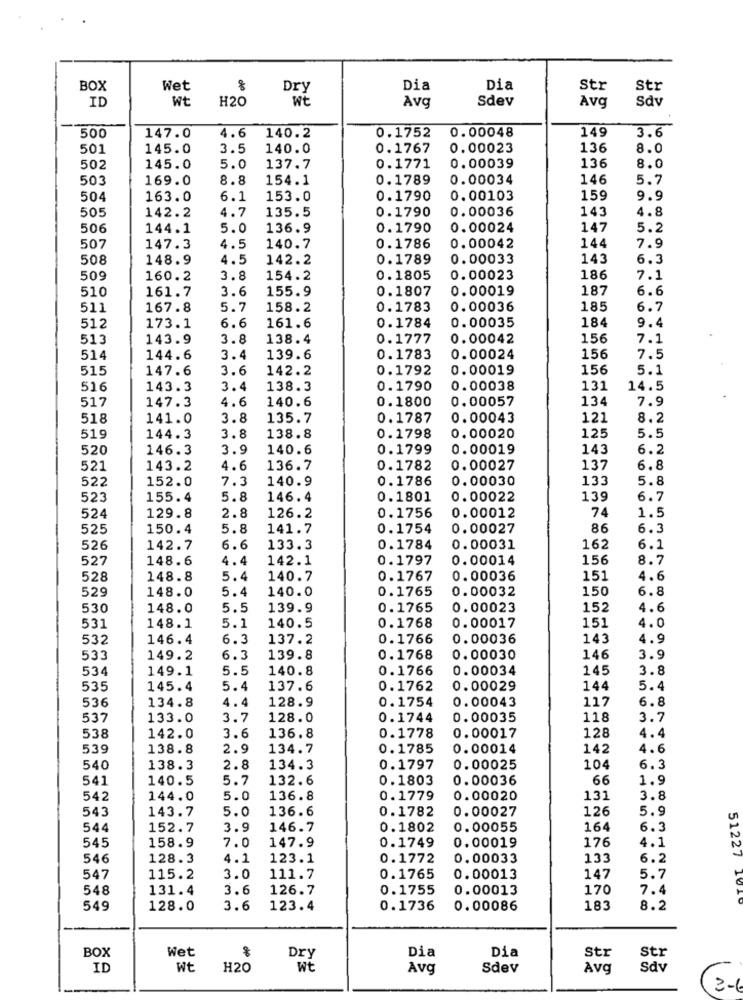
BOX
Wet
Dry
Dia
Dia
Str
Str
ID
Wt
H20
Wt
Avg
Sdev
Sdv
Avg
4.6
0.00048
149
500
147.0
140.2
0.1752
3.6
501
145.0
3.5
140.0
0.1767
0.00023
136
8.0
502
145.0
5.0
137.7
0.1771
0.00039
136
8.0
503
169.0
8.8
154.1
0.1789
0.00034
146
5.7
504
163.0
6.1
153.0
0.1790
0.00103
159
9.9
505
142.2
4.7
135.5
0.1790
0.00036
143
4.8
506
144.1
5.0
136.9
0.1790
0.00024
147
5.2
144
507
147.3
4.5
140.7
0.1786
0.00042
7.9
508
148.9
4.5
142.2
0.1789
0.00033
143
6.3
509
160.2
3.8
154.2
0.1805
0. 00023
186
7.1
510
161.7
3.6
155.9
0.1807
0. 00019
187
6.6
511
167.8
5.7
158.2
0.1783
0.00036
185
6.7
6.6
0.1784
9.4
512
173.1
161.6
0.00035
184
513
143.9
3.8
138.4
0.1777
0.00042
156
7.1
514
144.6
3.4
139.6
0.1783
0.00024
156
7.5
515
147.6
3.6
142.2
0.1792
0.00019
156
5.1
516
143.3
3.4
138.3
0.1790
0.00038
131
14.5
517
147.3
4.6
140.6
0.1800
134
7.9
0.00057
518
141.0
3.8
135.7
0.1787
0.00043
121
8.2
519
144.3
3.8
138.8
0.1798
0.00020
125
5.5
520
146.3
3.9
140.6
0.1799
0. 00019
143
6.2
521
143.2
4.6
136.7
0.1782
0.00027
137
6.8
522
152.0
7.3
140.9
0.1786
0.00030
133
5.8
523
155.4
5.8
146.4
0.1801
0.00022
139
6.7
2.8
0.1756
74
1.5
524
129.8
126.2
0.00012
525
150.4
5.8
141.7
0.1754
0.00027
86
6.3
526
142.7
6.6
133.3
0.1784
0.00031
162
6.1
527
148.6
4.4
142.1
0.1797
0.00014
156
8.7
528
148.8
5.4
140.7
0.1767
0.00036
151
4.6
529
148.0
5.4
140.0
0.1765
0.00032
150
6.8
530
148.0
5.5
139.9
0.1765
0.00023
152
4.6
140.5
0.1768
151
4.0
531
148.1
5.1
0.00017
532
146.4
6.3
137.2
0.1766
0.00036
143
4.9
533
149.2
6.3
139.8
0.1768
0. 00030
146
3.9
534
149.1
5.5
140.8
0.1766
0.00034
145
3.8
535
145.4
5.4
137.6
0.1762
0.00029
144
5.4
536
134.8
4.4
128.9
0.1754
0.00043
117
6.8
537
133.0
3.7
128.0
0.1744
0.00035
118
3.7
0.1778
4.4
538
142.0
3.6
136.8
0.00017
128
539
138.8
2.9
134.7
0.1785
0.00014
142
4.6
540
138.3
2.8
134.3
0.1797
0.00025
104
6.3
541
140.5
5.7
132.6
0.1803
0.00036
66
1.9
542
144.0
5.0
136.8
0.1779
0.00020
131
3.8
543
143.7
5.0
136.6
0.1782
0.00027
126
5.9
544
152.7
3.9
146.7
0.1802
0. 00055
164
6.3
545
147.9
0.1749
176
4.1
158.9
7.0
0.00019
546
128.3
4.1
123.1
0.1772
0.00033
133
6.2
51227
547
115.2
3.0
111.7
0.1765
0.00013
147
5.7
548
131.4
3.6
126.7
0.1755
0.00013
170
7.4
549
128.0
3.6
123.4
0.1736
0.00086
183
8.2
BOX
Wet
Dia
Dia
Str
Str
Dry
ID
Wt
H20
WE
Avg
Sdev
Avg
Sdv
(3-6